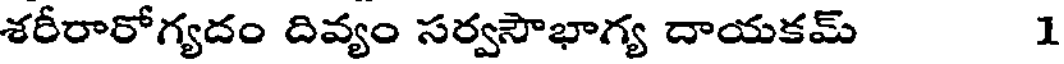
శరీరారోగ్యదం దివ్యం సర్వసౌభాగ్య దాయకమ్ 1